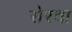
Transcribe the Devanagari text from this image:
सेरवा